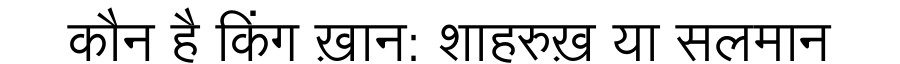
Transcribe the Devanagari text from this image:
कौन है किंग ख़ान: शाहरुख़ या सलमान